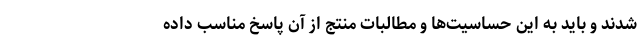
شدند و باید به این حساسیت‌ها و مطالبات منتج از آن پاسخ مناسب داده